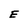
Character: E